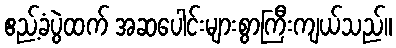
ဧည့်ခံပွဲထက် အဆပေါင်းများစွာကြီးကျယ်သည်။